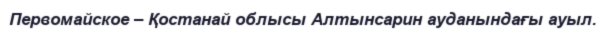
Первомайское – Қостанай облысы Алтынсарин ауданындағы ауыл.